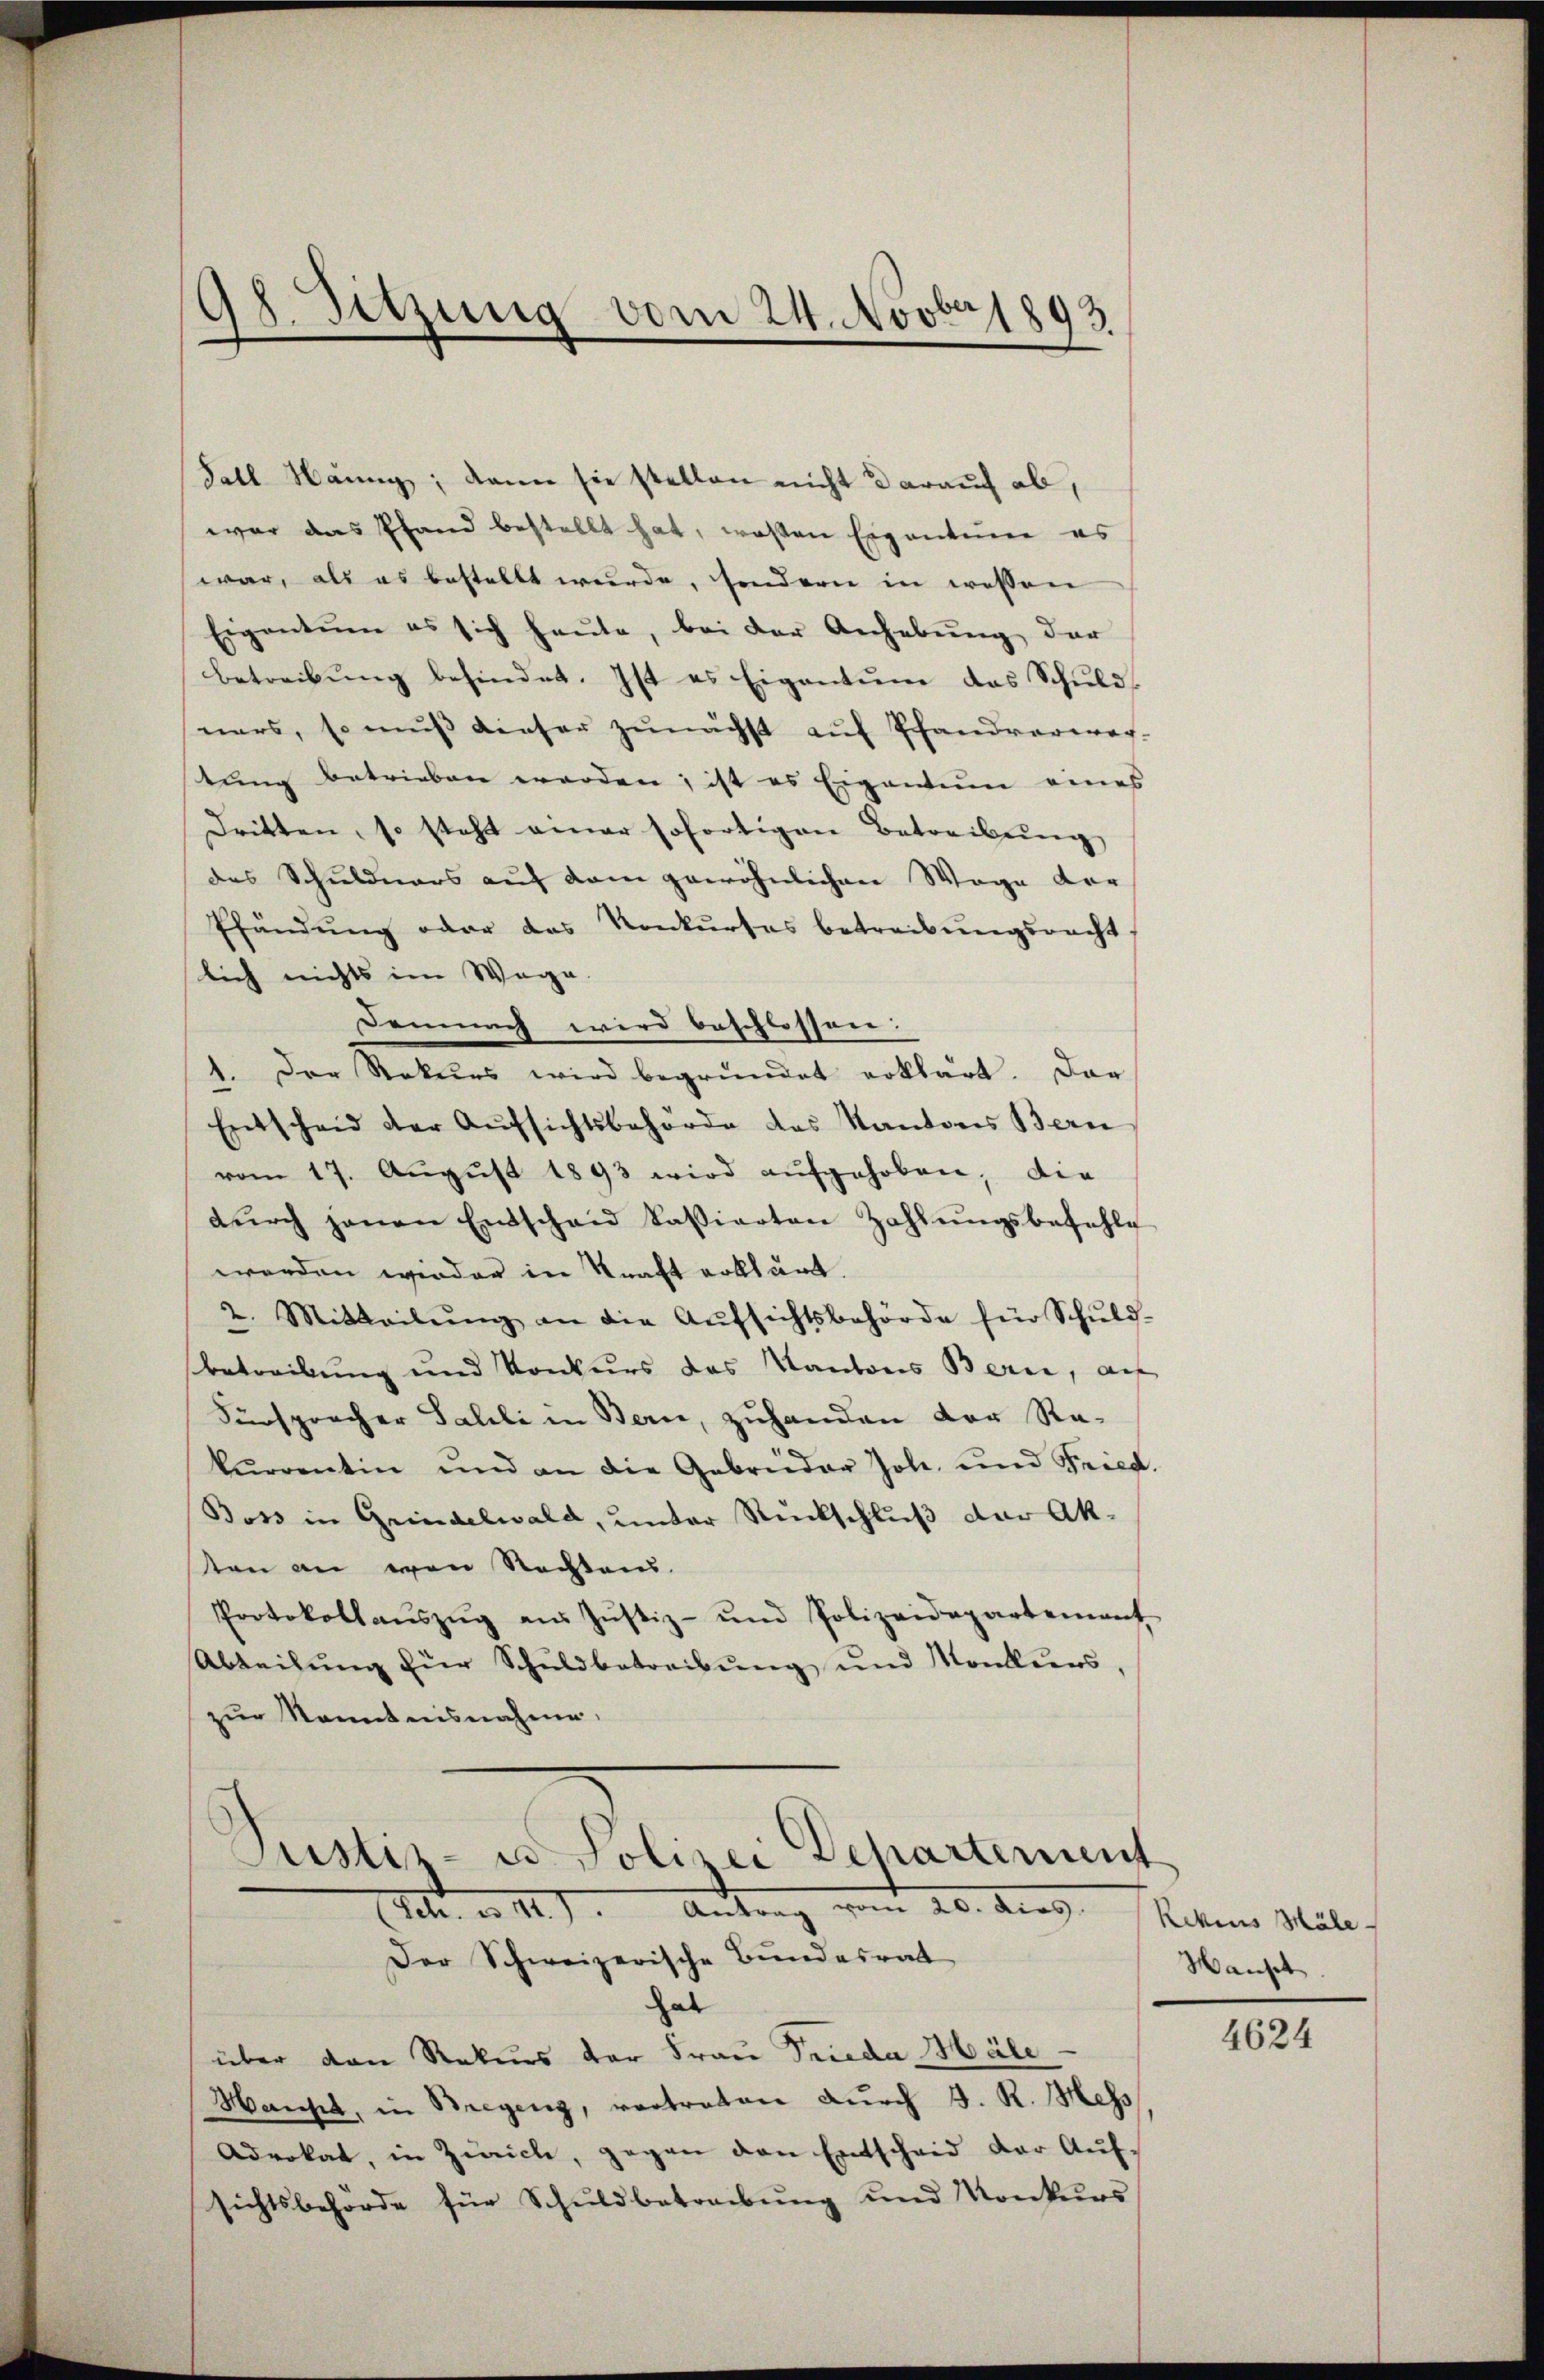
98. Sitzung vom 24. Novbr 1893

Fall Hänny, dann sie stellen nicht darauch ab,
war das Pfand bestellt hat, wosen Eigentume es
war, als es bestellt wurde, sondern in wessen
Eigentum es sich heute, bei der Anhebŭng der
betreibŭng befindet. Ist es Eigentum das Schuldners, so muß dieser zunächst auf Pfandverwer-
tung betrieben werden, ist es Eigentum eines
Dritten, so steht einer sofortigen Betreibung
des Schuldners auf dem gewöhnlichen Wege der
Pfändung oder das Konkurses betreibungsrecht
lich nichts im Wege
Demnach wird beschlossen:
1. Der Rekurs wird begründet erklärt. Dar
Entscheid der Aufsichtsbehörde des Kantons Bern
vom 17. Aŭgŭst 1893 wird aŭfgehoben; die
dŭrch jenen Entschaŭ kassierten Zahlŭngsbefehle
werden wieder in Kraft erklärt.
2. Mitteilŭng an die Aŭfsichtsbehörde für Schŭld-
betreibung und Konkurs das Kantons Bern, auf
Fürspracher Salili in Bern, zuhanden der Re-
kurventin und an die Gebrüder Joh. und Fried.
Boss in Grindelwald, unter Rückschluß der Ak-
sten an von Rechten.
Protokollaŭszŭg aŭs Jŭstiz- und Polizeidepartement
Abteilŭng für Schŭldbetreibŭng und Monkers,
zur Kenntnisnahme.
Justiz- u Polizei Departement
Sch. a. 11.) Antrag vom 20. durch Matius Male.
Der Schweizerische Bundesrat
hab
über den Rekurs der Frau Frieda Mäle
Manset, in Stregeng, vertreten durch J. R. Mess
Advokat, in Zürich, gegen den Entscheid der Aŭf-
sichtsbehörde für Schuldbetreibŭng und Konkurs

Hausch

4624